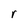
Character: r